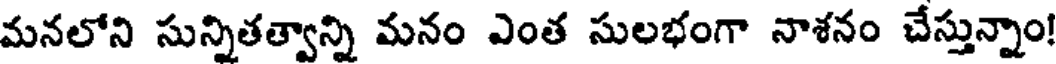
మనలోని సున్నితత్వాన్ని మనం ఎంత సులభంగా నాశనం చేస్తున్నాం!